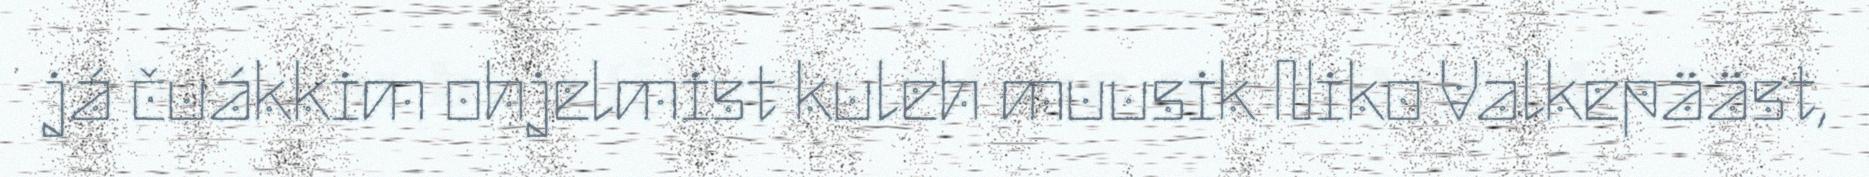
já čuákkim ohjelmist kuleh muusik Niko Valkepääst,